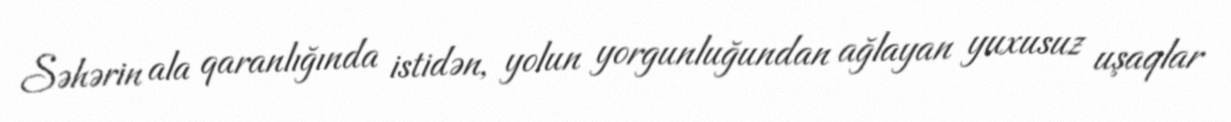
Səhərin ala qaranlığında istidən, yolun yorgunluğundan ağlayan yuxusuz uşaqlar